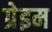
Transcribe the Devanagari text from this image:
ग्रेइम